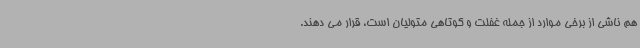
هم ناشی از برخی موارد از جمله غفلت و کوتاهی متولیان است، قرار می دهند.